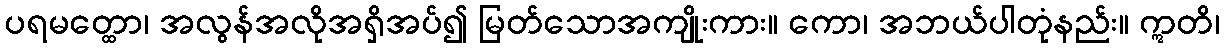
ပရမတ္ထော၊ အလွန်အလိုအရှိအပ်၍ မြတ်သောအကျိုးကား။ ကော၊ အဘယ်ပါတုံနည်း။ ဣတိ၊